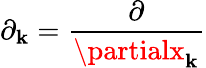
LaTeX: \partial_{\mathbf{k}}={\frac{{\partial}}{{\partialx_{\mathbf{k}}}}}